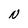
Character: N